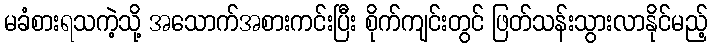
မခံစားရသကဲ့သို့ အသောက်အစားကင်းပြီး စိုက်ကျင်းတွင် ဖြတ်သန်းသွားလာနိုင်မည့်